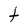
Character: t